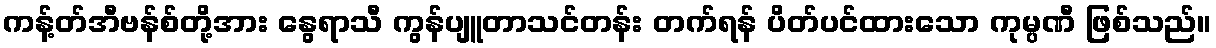
ကန့်တ်အီဗန်စ်တို့အား နွေရာသီ ကွန်ပျူတာသင်တန်း တက်ရန် ပိတ်ပင်ထားသော ကုမ္ပဏီ ဖြစ်သည်။